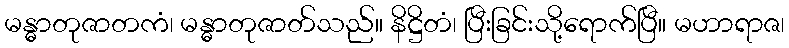
မန္ဓာတုဇာတကံ၊ မန္ဓာတုဇာတ်သည်။ နိဋ္ဌိတံ၊ ပြီးခြင်းသို့ရောက်ပြီ။ မဟာရာဇ၊